Vaccination North-Western Provinces 1866-1877 - 1866-1877
Year: 1866
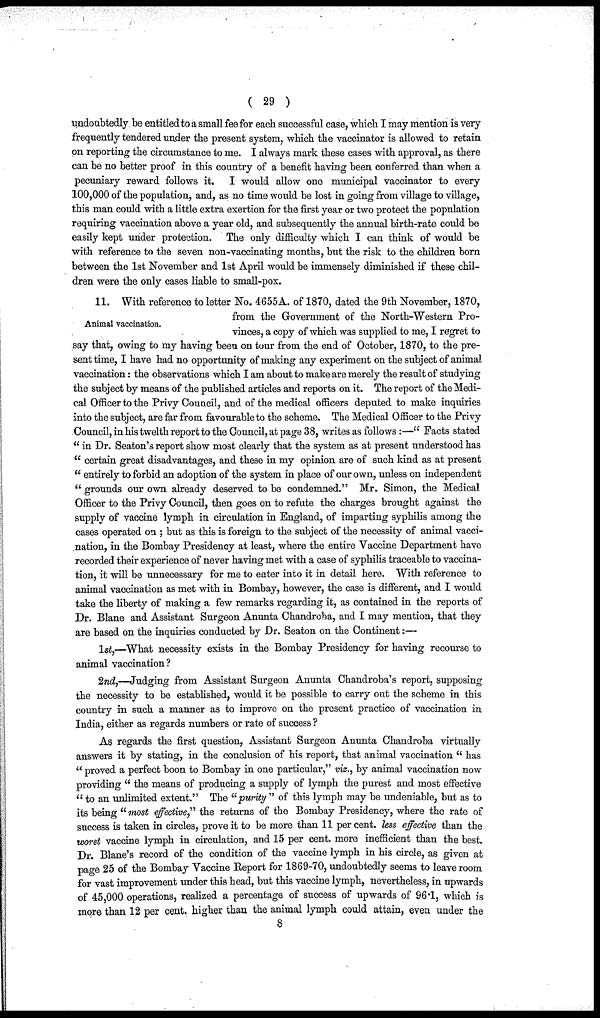
( 29 )
undoubtedly be entitled to a small fee for each successful case, which I may mention is very
frequently tendered under the present system, which the vaccinator is allowed to retain
on reporting the circumstance to me. I always mark these cases with approval, as there
can be no better proof in this country of a benefit having been conferred than when a
pecuniary reward follows it. I would allow one municipal vaccinator to every
100,000 of the population, and, as no time would be lost in going from village to village,
this man could with a little extra exertion for the first year or two protect the population
requiring vaccination above a year old, and subsequently the annual birth-rate could be
easily kept under protection. The only difficulty which I can think of would be
with reference to the seven non-vaccinating months, but the risk to the children born
between the 1st November and 1st April would be immensely diminished if these chil-
dren were the only cases liable to small-pox.
Animal vaccination.
11. With reference to letter No. 4655A. of 1870, dated the 9th November, 1870,
from the Government of the North-Western Pro-
vinces, a copy of which was supplied to me, I regret to
say that, owing to my having been on tour from the end of October, 1870, to the pre-
sent time, I have had no opportunity of making any experiment on the subject of animal
vaccination: the observations which I am about to make are merely the result of studying
the subject by means of the published articles and reports on it. The report of the Medi-
cal Officer to the Privy Council, and of the medical officers deputed to make inquiries
into the subject, are far from favourable to the scheme. The Medical Officer to the Privy
Council, in his twelth report to the Council, at page 38, writes as follows :—" Facts stated
" in Dr. Seaton's report show most clearly that the system as at present understood has
" certain great disadvantages, and these in my opinion are of such kind as at present
" entirely to forbid an adoption of the system in place of our own, unless on independent
" grounds our own already deserved to be condemned." Mr. Simon, the Medical
Officer to the Privy Council, then goes on to refute the charges brought against the
supply of vaccine lymph in circulation in England, of imparting syphilis among the
cases operated on ; but as this is foreign to the subject of the necessity of animal vacci-
nation, in the Bombay Presidency at least, where the entire Vaccine Department have
recorded their experience of never having met with a case of syphilis traceable to vaccina-
tion, it will be unnecessary for me to enter into it in detail here. With reference to
animal vaccination as met with in Bombay, however, the case is different, and I would
take the liberty of making a few remarks regarding it, as contained in the reports of
Dr. Blane and Assistant Surgeon Anunta Chandroba, and I may mention, that they
are based on the inquiries conducted by Dr. Seaton on the Continent:—
1st,—What necessity exists in the Bombay Presidency for having recourse to
animal vaccination?
2nd,—Judging from Assistant Surgeon Anunta Chandroba's report, supposing
the necessity to be established, would it be possible to carry out the scheme in this
country in such a manner as to improve on the present practice of vaccination in
India, either as regards numbers or rate of success ?
As regards the first question, Assistant Surgeon Anunta Chandroba virtually
answers it by stating, in the conclusion of his report, that animal vaccination " has
" proved a perfect boon to Bombay in one particular," viz., by animal vaccination now
providing " the means of producing a supply of lymph the purest and most effective
" to an unlimited extent." The "purity " of this lymph may be undeniable, but as to
its being "most effective" the returns of the Bombay Presidency, where the rate of
success is taken in circles, prove it to be more than 11 per cent. less effective than the
worst vaccine lymph in circulation, and 15 per cent. more inefficient than the best.
Dr. Blane's record of the condition of the vaccine lymph in his circle, as given at
page 25 of the Bombay Vaccine Report for 1869-70, undoubtedly seems to leave room
for vast improvement under this head, but this vaccine lymph, nevertheless, in upwards
of 45,000 operations, realized a percentage of success of upwards of 96.1, which is
more than 12 per cent, higher than the animal lymph could attain, even under the
8